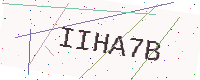
Text: IIHA7B